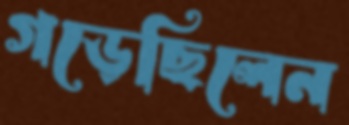
গড়েছিলেন